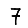
Digit: 7